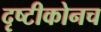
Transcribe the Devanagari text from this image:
दृष्टीकोनच